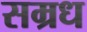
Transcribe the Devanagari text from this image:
सम्रध